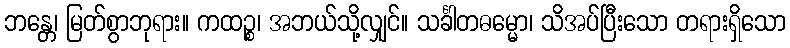
ဘန္တေ၊ မြတ်စွာဘုရား။ ကထဉ္စ၊ အဘယ်သို့လျှင်။ သင်္ခါတဓမ္မော၊ သိအပ်ပြီးသော တရားရှိသော